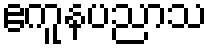
ဧကူနပညာသ